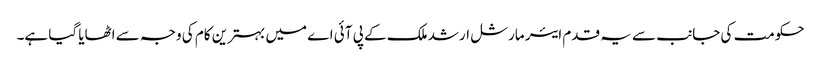
حکومت کی جانب سے یہ قدم ایئر مارشل ارشد ملک کے پی آئی اے میں بہترین کام کی وجہ سے اٹھایا گیا ہے۔